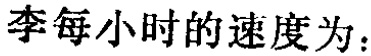
李每小时的速度为：